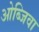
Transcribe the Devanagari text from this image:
ओब्जिवा